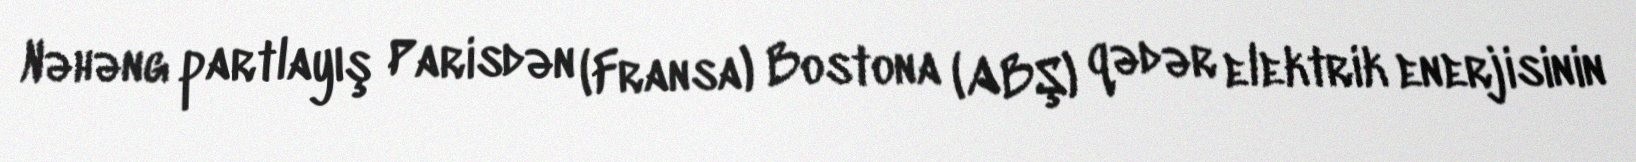
Nəhəng partlayış Parisdən (Fransa) Bostona (ABŞ) qədər elektrik enerjisinin